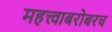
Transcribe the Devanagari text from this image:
महत्त्वाबरोबरच